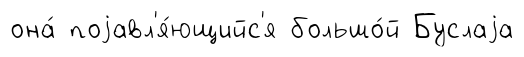
она́ поjавл'я́ющийс'я большо́й Буслаjа